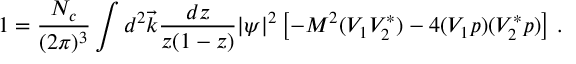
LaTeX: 1 = { \frac { N _ { c } } { ( 2 \pi ) ^ { 3 } } } \int d ^ { 2 } \vec { k } { \frac { d z } { z ( 1 - z ) } } | \psi | ^ { 2 } \left[ - M ^ { 2 } ( V _ { 1 } V _ { 2 } ^ { * } ) - 4 ( V _ { 1 } p ) ( V _ { 2 } ^ { * } p ) \right] \, .